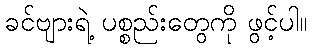
ခင်ဗျားရဲ့ ပစ္စည်းတွေကို ဖွင့်ပါ။